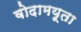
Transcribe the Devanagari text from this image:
वोदामयूता